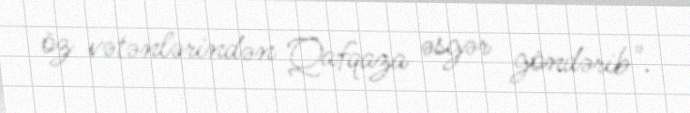
öz vətənlərindən Qafqaza əsgər göndərib".